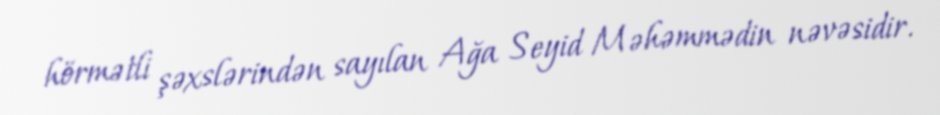
hörmətli şəxslərindən sayılan Ağa Seyid Məhəmmədin nəvəsidir.